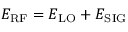
E _ { \mathrm { R F } } = E _ { \mathrm { L O } } + E _ { \mathrm { S I G } }